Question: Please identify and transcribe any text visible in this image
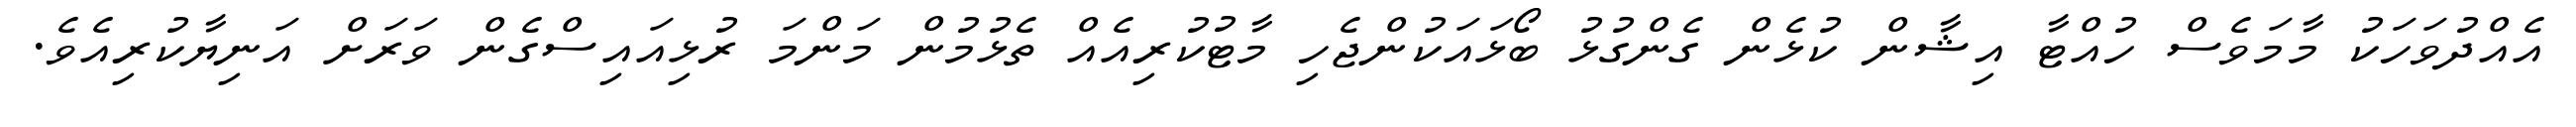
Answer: އެއްދުވަހަކު މާމަވެސް ހުއްޓާ އިޝާން ކުޅެން ގެންގުޅު ބޯޅައަކުންޖެހި މާޓުކުރިއެއް ތެޅުމުން މަންމަ ރުޅިއައިސްގެން ވަރަށް އަނިޔާކުރިއެވެ.